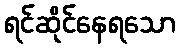
ရင်ဆိုင်နေရသော